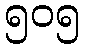
၅၀၅